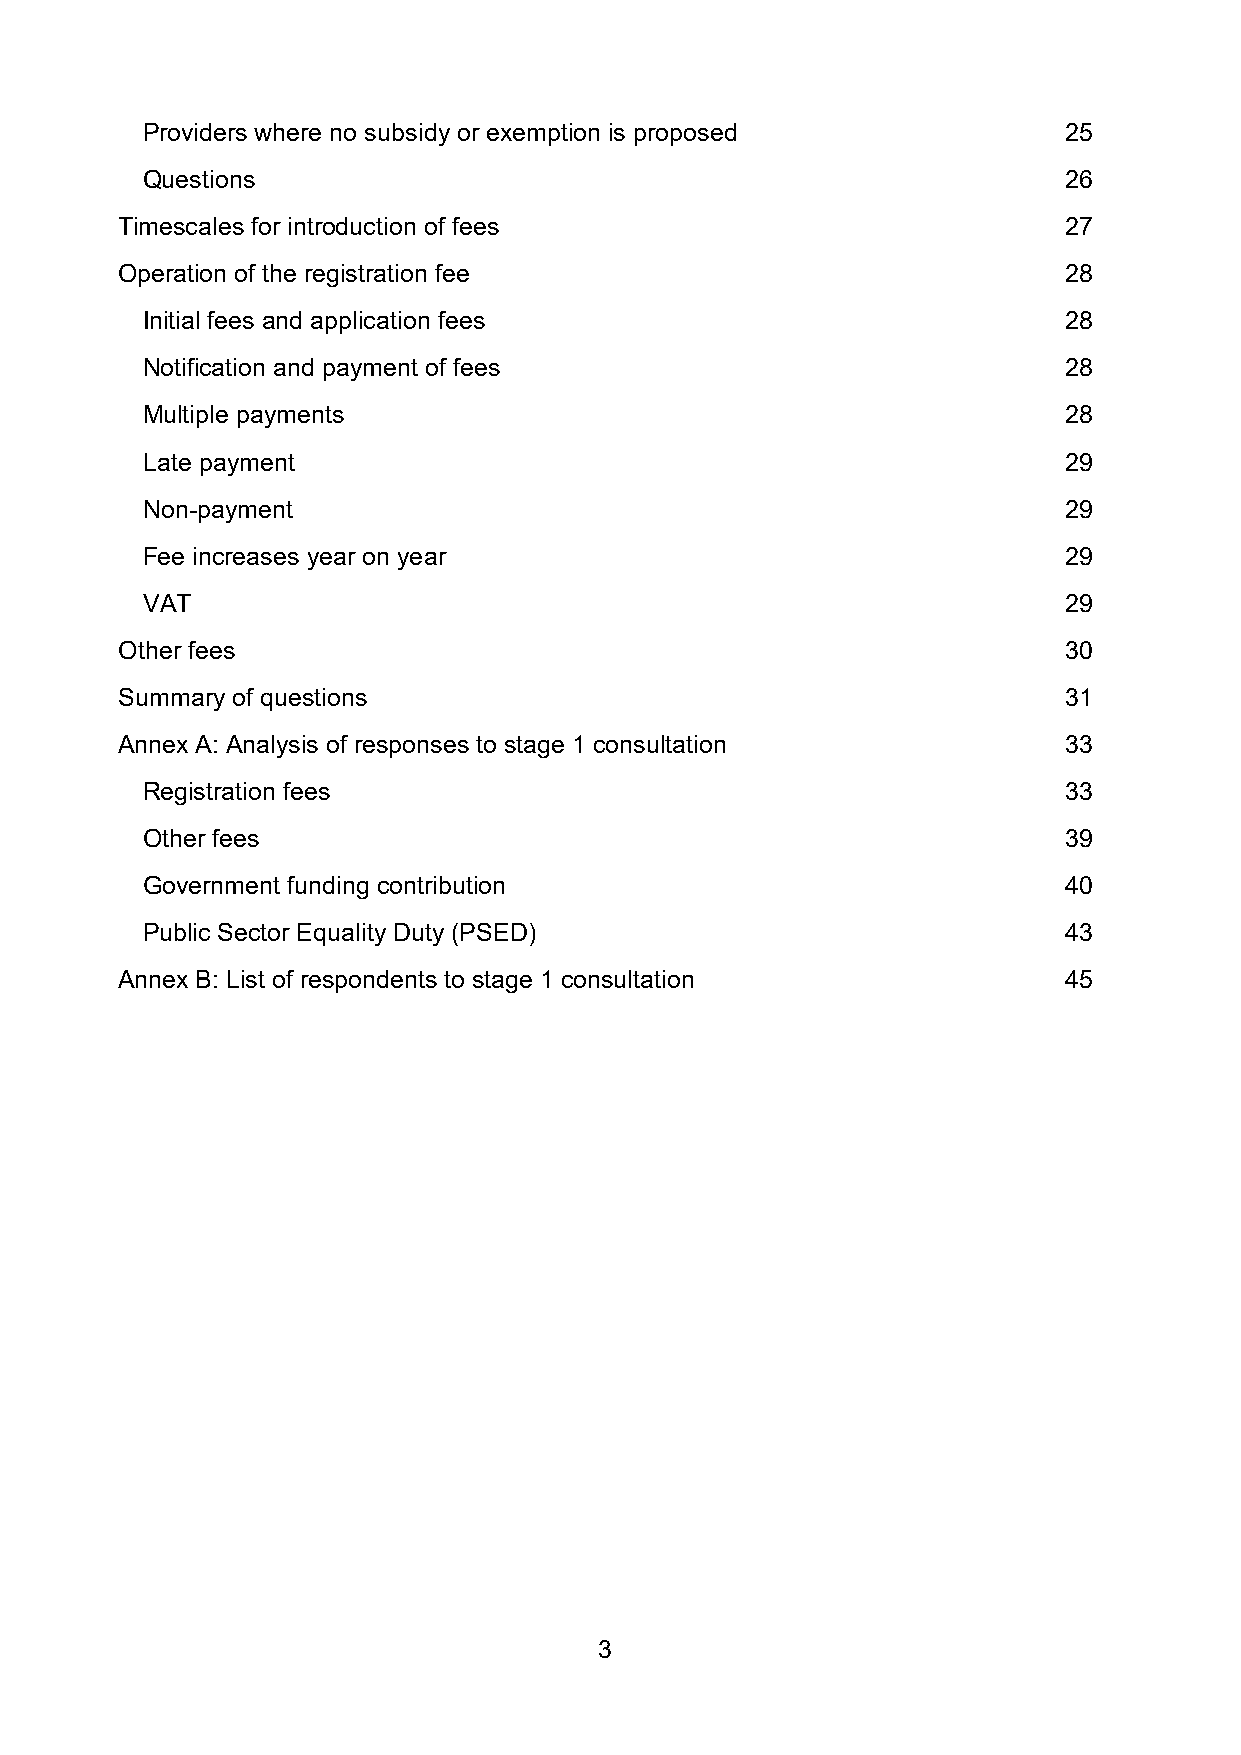
Providers where no subsidy or exemption is proposed          25
 Questions                                                    26
 Timescales for introduction of fees                           27
 Operation of the registration fee                             28
 Initial fees and application fees                            28
 Notification and payment of fees                             28
 Multiple payments                                            28
 Late payment                                                 29
 Non-payment                                                  29
 Fee increases year on year                                   29
 VAT                                                          29
 Other fees                                                    30
 Summary of questions                                          31
 Annex A: Analysis of responses to stage 1 consultation        33
 Registration fees                                            33
 Other fees                                                   39
 Government funding contribution                              40
 Public Sector Equality Duty (PSED)                           43
 Annex B: List of respondents to stage 1 consultation          45
 3